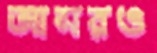
আসরও